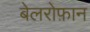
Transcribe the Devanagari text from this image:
बेलरोफ़ान